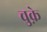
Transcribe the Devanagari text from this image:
चुक़े